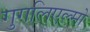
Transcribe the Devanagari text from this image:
गुगलिएल्मो